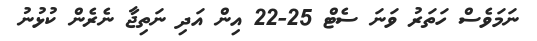
ނަމަވެސް ހަތަރު ވަނަ ސެޓް 25-22 އިން އަދި ނަތިޖާ ނެރެން ކުޅުނު